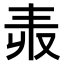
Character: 𠬻